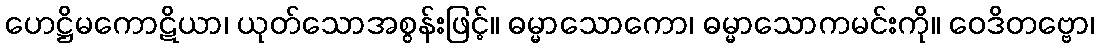
ဟေဋ္ဌိမကောဋိယာ၊ ယုတ်သောအစွန်းဖြင့်။ ဓမ္မာသောကော၊ ဓမ္မာသောကမင်းကို။ ဝေဒိတဗ္ဗော၊